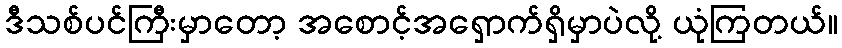
ဒီသစ်ပင်ကြီးမှာတော့ အစောင့်အရှောက်ရှိမှာပဲလို့ ယုံကြတယ်။